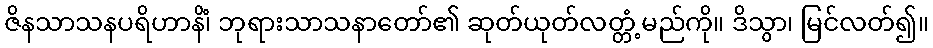
ဇိနသာသနပရိဟာနိံ၊ ဘုရားသာသနာတော်၏ ဆုတ်ယုတ်လတ္တံ့မည်ကို။ ဒိသွာ၊ မြင်လတ်၍။